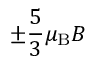
\pm { \frac { 5 } { 3 } } \mu _ { \mathrm { { B } } } B